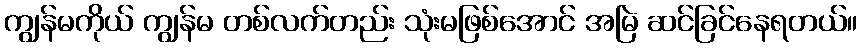
ကျွန်မကိုယ် ကျွန်မ တစ်လက်တည်း သုံးမဖြစ်အောင် အမြဲ ဆင်ခြင်နေရတယ်။